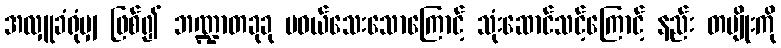
အလှူခံရုံမျှ ဖြစ်၍ ဘဏ္ဍာတခုခု မဝယ်သေးသောကြောင့် သုံးဆောင်သင့်ကြောင့် နည်း တမျိုးကို